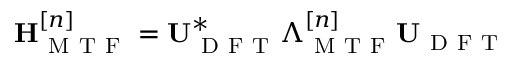
\mathbf { H } _ { \mathrm { ~ M ~ T ~ F ~ } } ^ { [ n ] } = \mathbf { U } _ { \mathrm { ~ D ~ F ~ T ~ } } ^ { * } \boldsymbol { \Lambda } _ { \mathrm { ~ M ~ T ~ F ~ } } ^ { [ n ] } \mathbf { U } _ { \mathrm { ~ D ~ F ~ T ~ } }